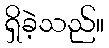
ရှိခဲ့သည်။